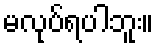
မလုပ်ရပါဘူး။